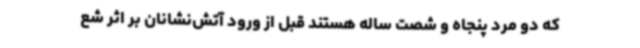
که دو مرد پنجاه و شصت ساله هستند قبل از ورود آتش‌نشانان بر اثر شع